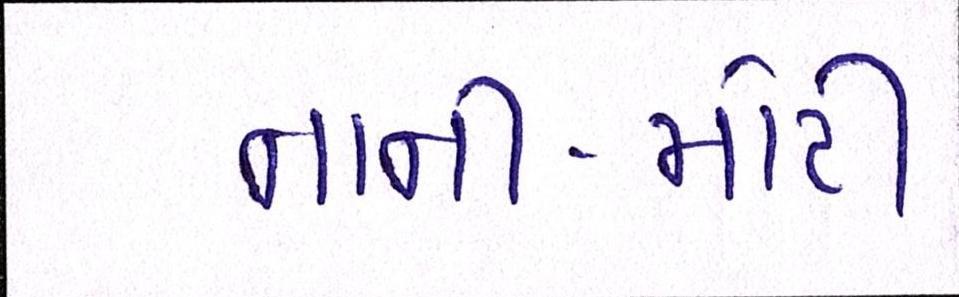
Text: નાની-મોટી